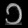
Digit: ၁